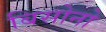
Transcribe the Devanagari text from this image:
बिसोनो